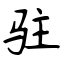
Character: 驻